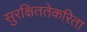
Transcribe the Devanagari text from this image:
सुरक्षिततेकरिता